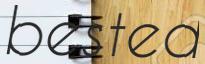
bested